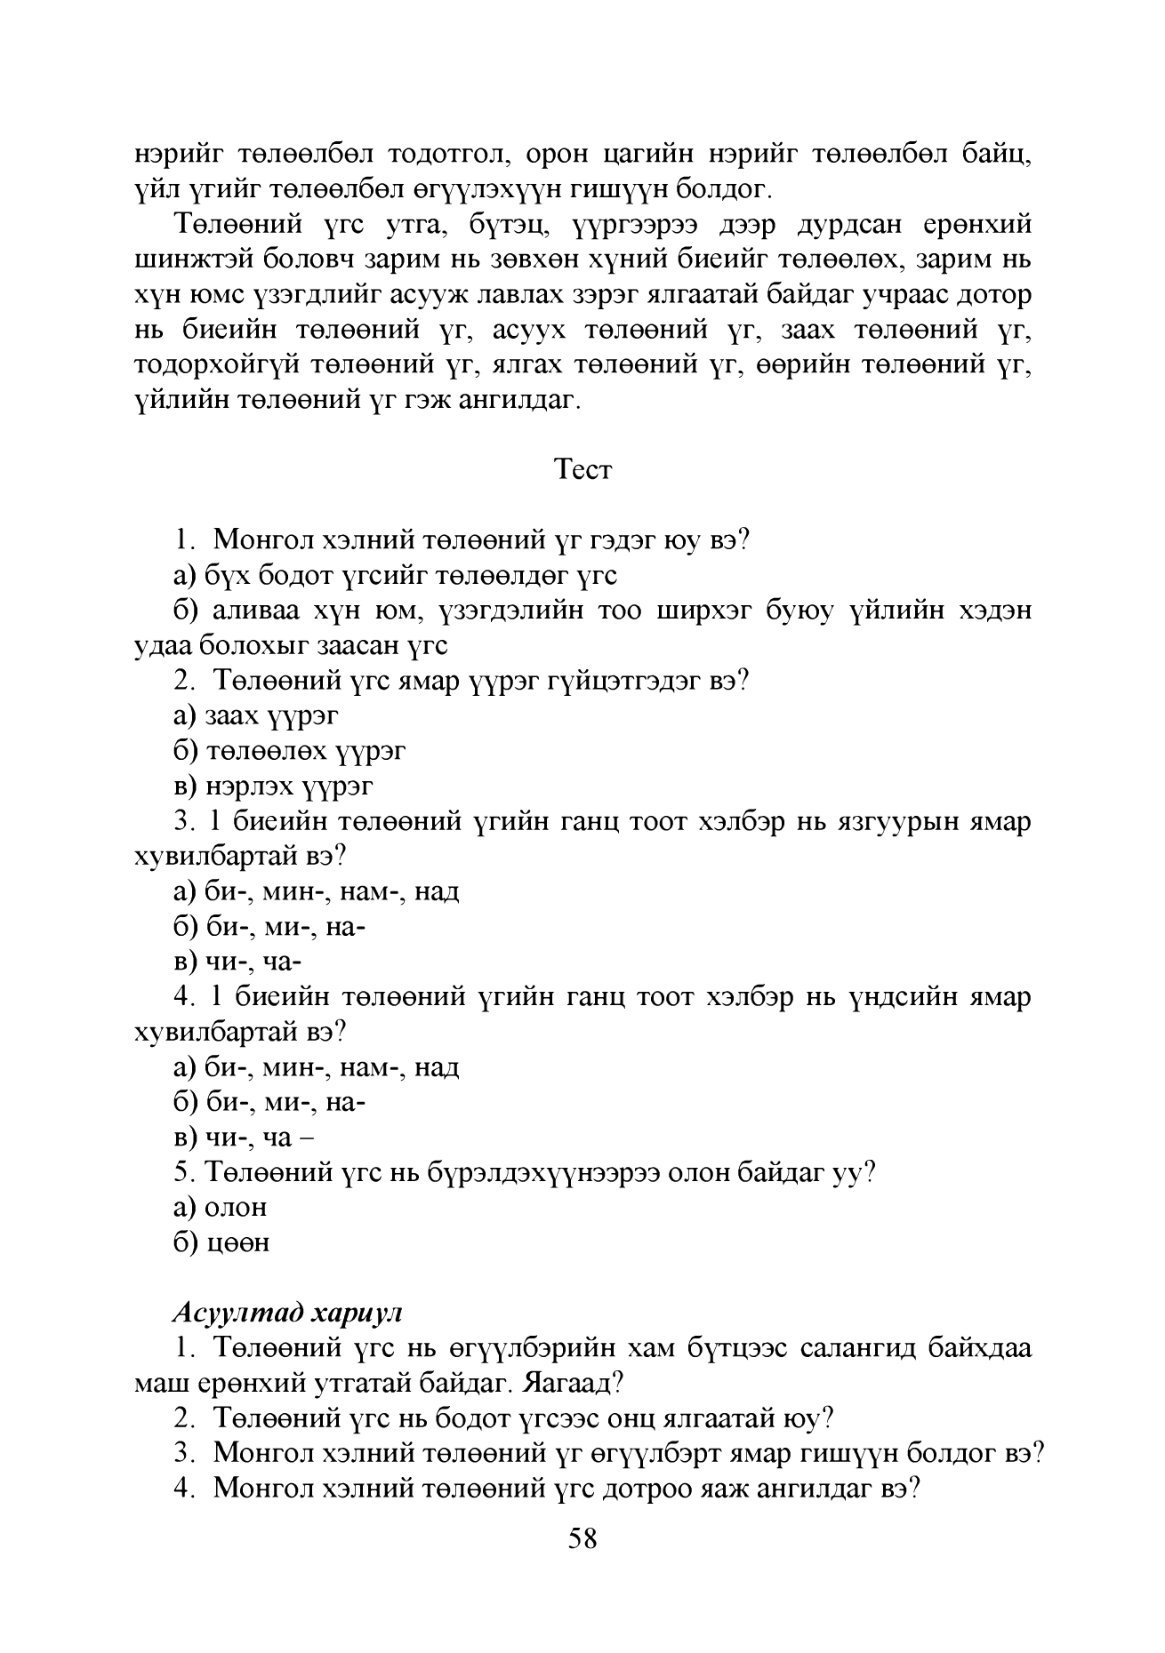
Language: mn